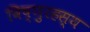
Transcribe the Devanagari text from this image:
विष्णुरहस्य